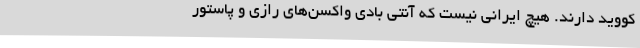
کووید دارند. هیچ ایرانی نیست که آنتی بادی واکسن‌های رازی و پاستور